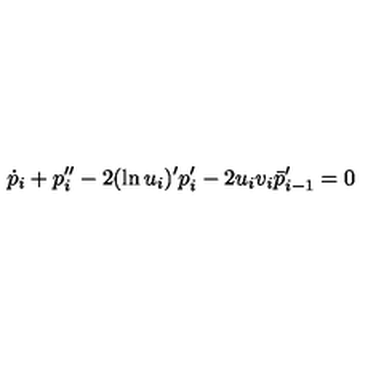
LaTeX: \dot { p } _ { i } + p _ { i } ^ { \prime \prime } - 2 ( \ln u _ { i } ) ^ { \prime } p _ { i } ^ { \prime } - 2 u _ { i } v _ { i } \bar { p } _ { i - 1 } ^ { \prime } = 0